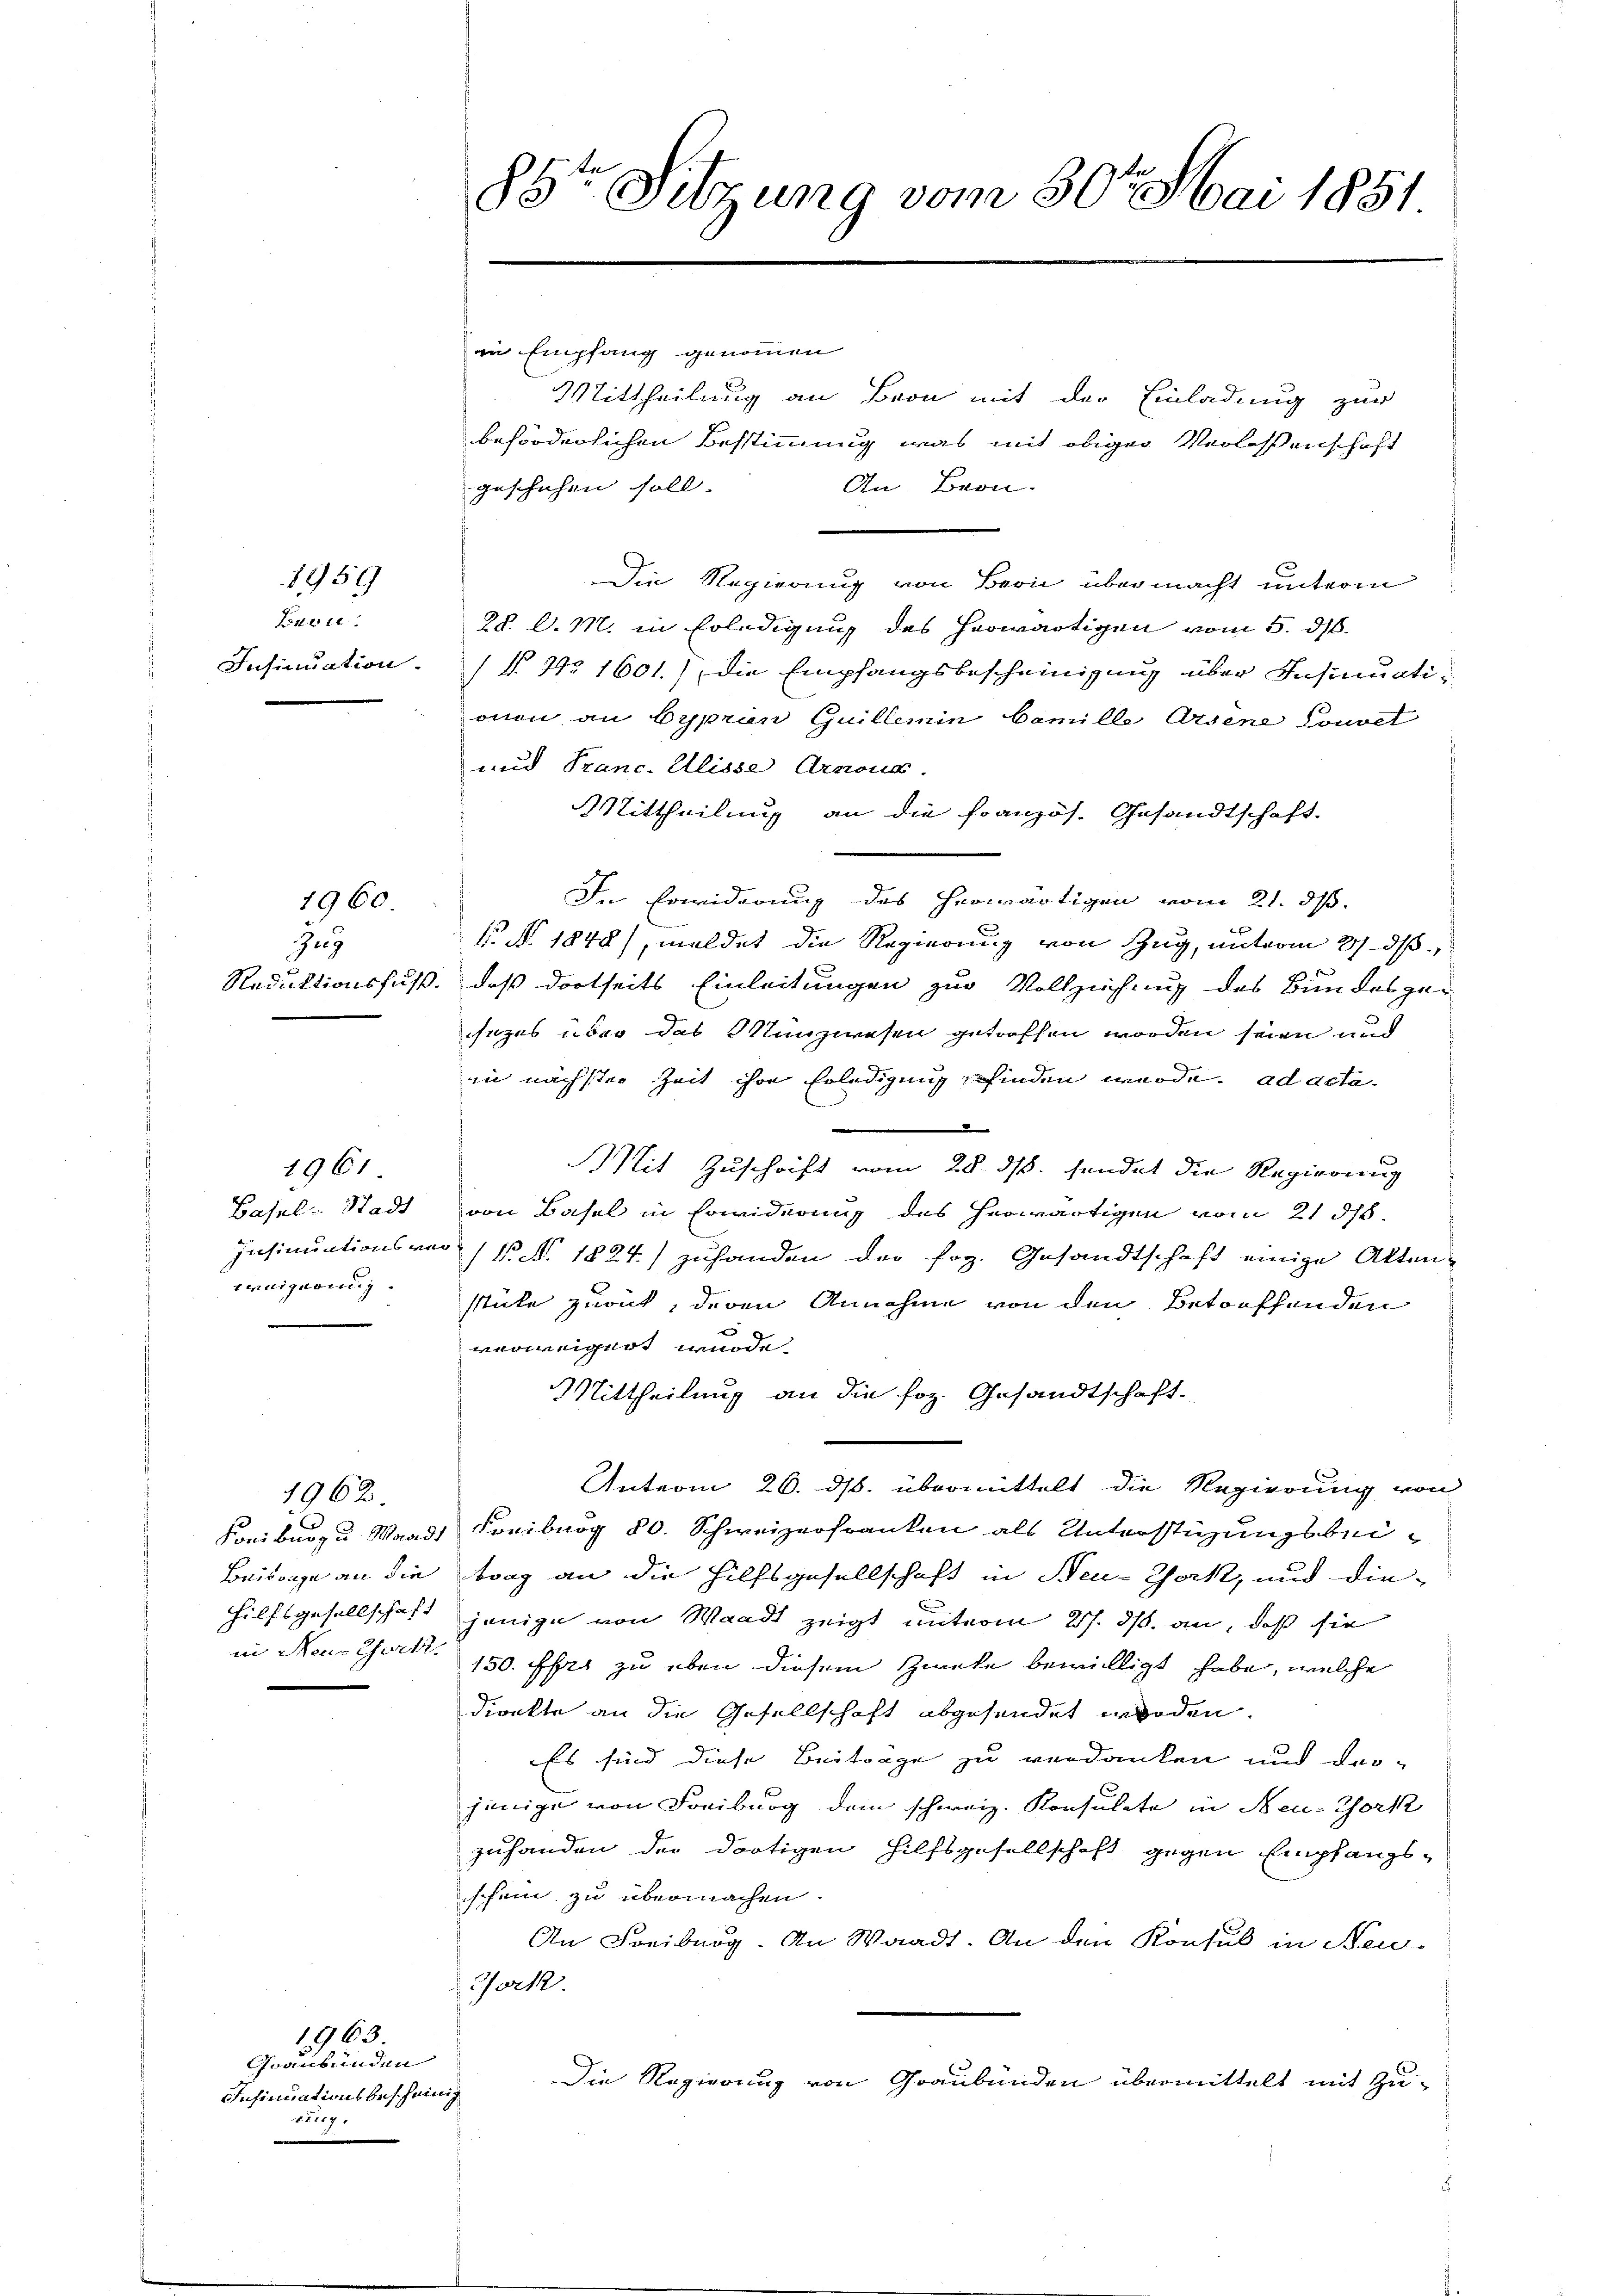
1959

Bs. 212.
Insinuation.

Zug
e

1960.

Basel-Stadt
Insinuations an
wenigeren.

1961.

1962.

Beilange an die
hilfsgesellschaft
in Neue Zwek.

1963
Graubünden
Insinuationsbescheinig
rung.

85te Sitzung vom 30t Mai 1851

in Empfang genommen
Mittheilung an Bron mit der Einladung zur
beförderlichen Bestimmung was mit obiger Verlassenschaft
geschehen soll.
An Bern.
Die Regierung von Bern übermacht unterm
28. d. M. in Erledigung des herwärtigen vom 5. ds.
(§. No 1601), die Empfangsbescheinigung über Insinuati
onen an byprien Guillemin Camille Arsene Couvel
und Franc. Alisse Arnona.
Mittheilung an die Französ. Gesandtschaft.
In Erwiderung des herwärtigen vom 21. ds.
N. No. 1848), meldet die Regierung von Zug, unterm 27. ds
3f
Reduktionsfuß, daß dortseits Einleitungen zur Vollziehung des Bundesge-
sezes über das Münzwesen getroffen worden seien und
in nächster Zeit ihre Erledigung finden würde. ad acta
e
Mit Zuschrift vom 28. ds. sendet die Regierung
von Basel in Erwiderung des herwärtigen vom 21. ds.
 N. N. 1824.) zuhanden der sog. Gesandtschaft einige Aktenstüke zurück, deren Annahme von den Betreffenden
verweigert wurde.
Mittheilung an die foz. Gesandtschaft.
Anterm 26. ds. übermittelt die Regierung von
Konibus zu Waadt Freiburg 80. Schweizerfranken als Unterstüzungsbeitrag an die Hilfsgesellschaft in Neu-York, und die-
jenige von Waadt zeigt unterm 27. ds. an, daß sie
150. Frz zu eben diesem Zweke bewilligt habe, welche
dienkte an die Gesellschaft abgesendet worden.
Es sind diese Beiträge zu verdanken und dar-
jenige von Freiburg dem schweiz. Konsulate in Neu-Chork
zuhanden der dortigen Hilfsgesellschaft gegen Empfangs-
schein zu übermachen.
An Freiburg. An Waadt. An den Konsul in Neu-
ock.
Die Regierung von Graubünden übermittelt mit Zu¬